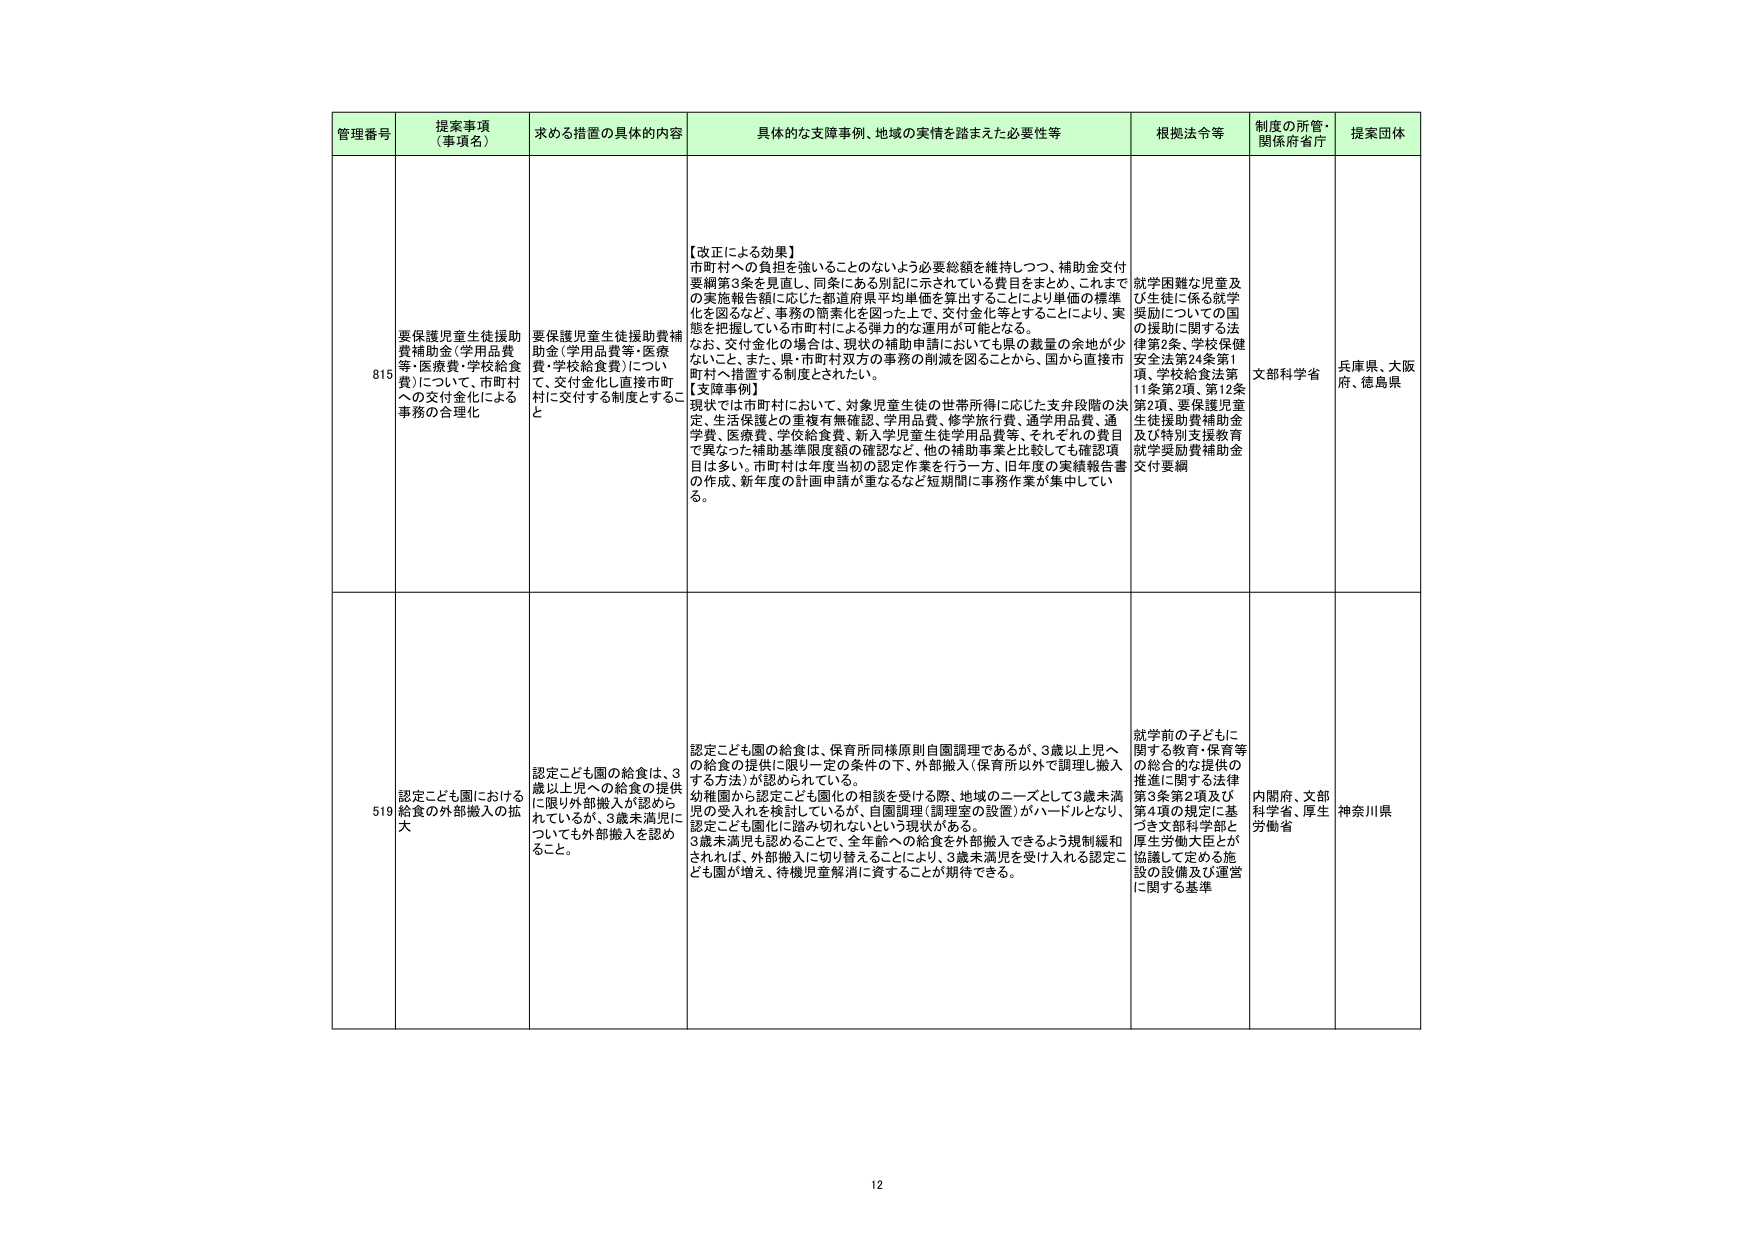
管理番号 提案事項 （事項名） 求める措置の具体的内容 具体的な支障事例、地域の実情を踏まえた必要性等 根拠法令等 制度の所管・ 関係府省庁 提案団体

815 要保護児童生徒援助 費補助金（学用品費 等・医療費・学校給食 費）について、市町村 への交付金化による 事務の合理化 要保護児童生徒援助費補 助金（学用品費等・医療 費・学校給食費）につい て、交付金化し直接市町 村に交付する制度とするこ と 【改正による効果】 市町村への負担を強いることのないよう必要総額を維持しつつ、補助金交付 要綱第3条を見直し、同条にある別記に示されている費目をまとめ、これまで の実施報告額に応じた都道府県平均単価を算出することにより単価の標準 化を図るなど、事務の簡素化を図った上で、交付金化等とすることにより、実 態を把握している市町村による弾力的な運用が可能となる。 なお、交付金化の場合は、現状の補助申請においても県の裁量の余地が少 ないこと、また、県・市町村双方の事務の削減を図ることから、国から直接市 町村へ措置する制度とされたい。 【支障事例】 現状では市町村において、対象児童生徒の世帯所得に応じた支弁段階の決 定、生活保護との重複有無確認、学用品費、修学旅行費、通学用品費、通 学費、医療費、学校給食費、新入学児童生徒学用品費等、それぞれの費目 で異なった補助基準限度額の確認など、他の補助事業と比較しても確認項 目は多い。市町村は年度当初の認定作業を行う一方、旧年度の実績報告書 の作成、新年度の計画申請が重なるなど短期間に事務作業が集中してい る。 就学困難な児童及 び生徒に係る就学 奨励についての国 の援助に関する法 律第2条、学校保健 安全法第24条第1 項、学校給食法第 11条第2項、第12条 第2項、要保護児童 生徒援助費補助金 及び特別支援教育 就学奨励費補助金 交付要綱 文部科学省 兵庫県、大阪 府、徳島県

519 認定こども園における 給食の外部搬入の拡 大 認定こども園の給食は、3 歳以上児への給食の提供 に限り外部搬入が認めら れているが、3歳未満児に ついても外部搬入を認め ること。 認定こども園の給食は、保育所同様原則自園調理であるが、3歳以上児へ の給食の提供に限り一定の条件の下、外部搬入（保育所以外で調理し搬入 する方法）が認められている。 幼稚園から認定こども園化の相談を受ける際、地域のニーズとして3歳未満 児の受入れを検討しているが、自園調理（調理室の設置）がハードルとなり、 認定こども園化に踏み切れないという現状がある。 3歳未満児も認めるここで、全年齢への給食を外部搬入できるよう規制緩和 されれば、外部搬入に切り替えることにより、3歳未満児を受け入れる認定こ ども園が増え、待機児童解消に資することが期待できる。 就学前の子どもに 関する教育・保育等 の総合的な提供の 推進に関する法律 第3条第2項及び 第4項の規定に基 づき文部科学省と 厚生労働大臣が 協議して定める施 設の設備及び運営 に関する基準 内閣府、文部 科学省、厚生 労働省 神奈川県

12